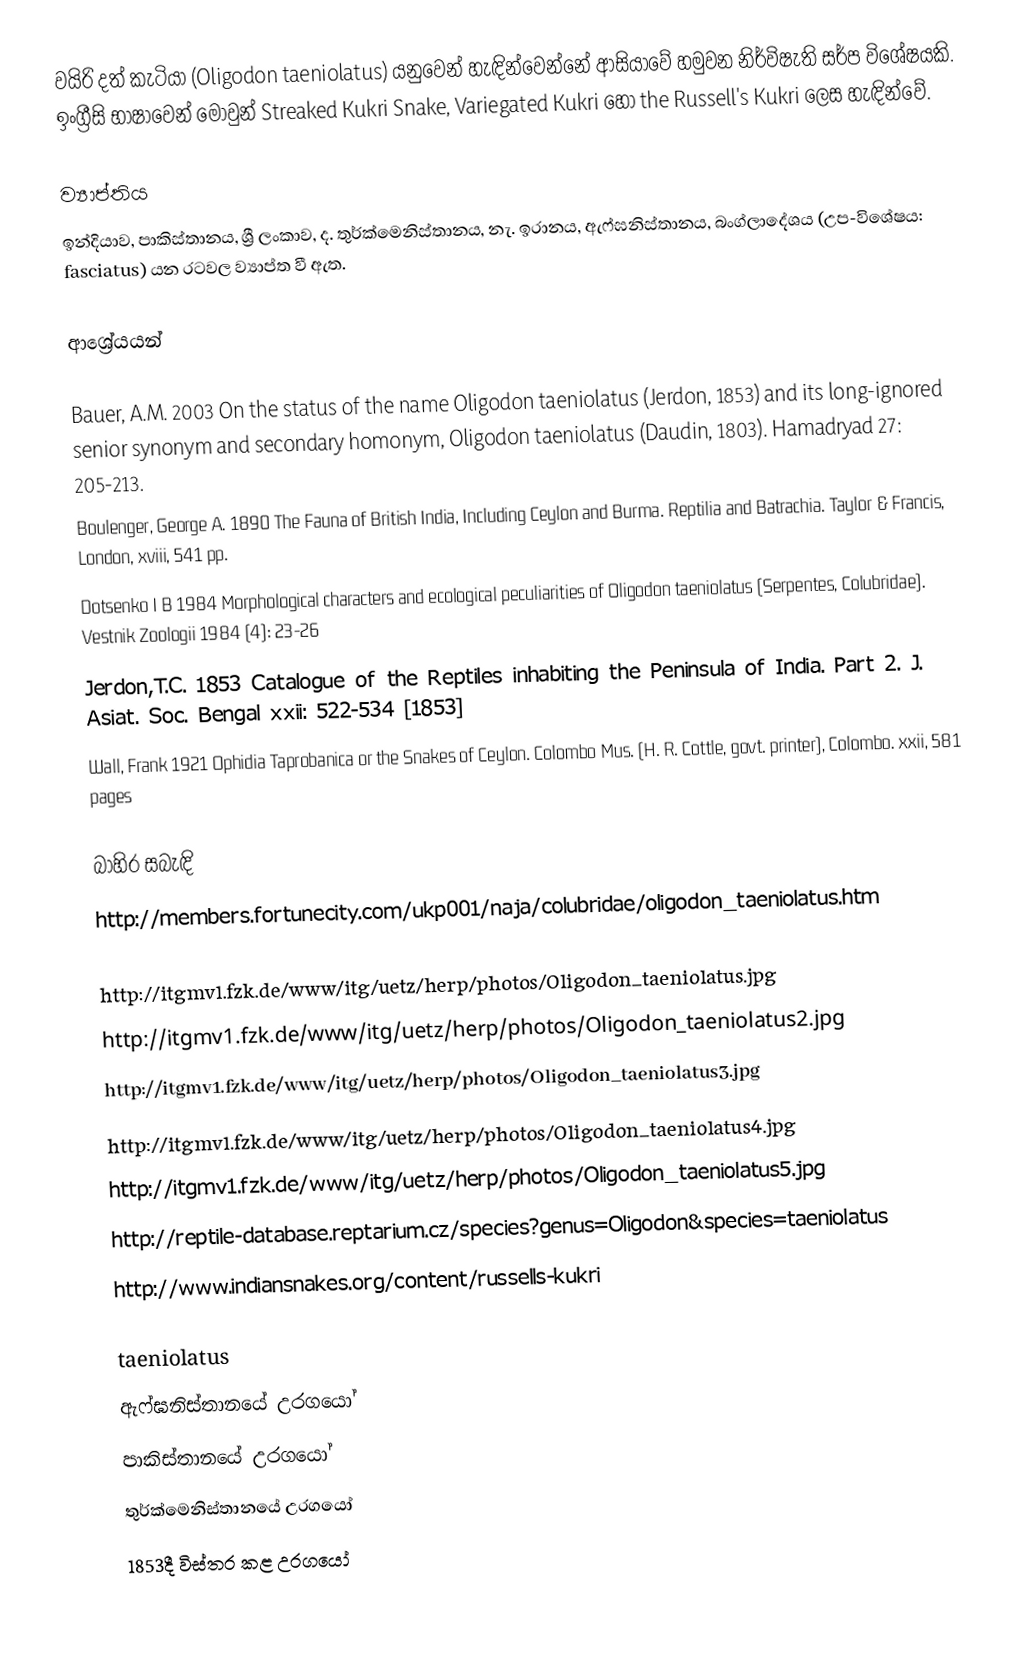
වයිරි දත් කැටියා (Oligodon taeniolatus) යනුවෙන් හැඳින්වෙන්නේ ආසියාවේ හමුවන නිර්විෂැති සර්ප විශේෂයකි. ඉංග්‍රීසි භාෂාවෙන් මොවුන් Streaked Kukri Snake, Variegated Kukri හෝ the Russell's Kukri ලෙස හැඳින්වේ.

ව්‍යාප්තිය
ඉන්දියාව, පාකිස්තානය, ශ්‍රී ලංකාව, ද. තුර්ක්මෙනිස්තානය, නැ. ඉරානය, ඇෆ්ඝනිස්තානය, බංග්ලාදේශය (උප-විශේෂය: fasciatus) යන රටවල ව්‍යාප්ත වී ඇත.

ආශ්‍රේයයන්

 Bauer, A.M. 2003 On the status of the name Oligodon taeniolatus (Jerdon, 1853) and its long-ignored senior synonym and secondary homonym, Oligodon taeniolatus (Daudin, 1803). Hamadryad 27: 205-213.
 Boulenger, George A. 1890 The Fauna of British India, Including Ceylon and Burma. Reptilia and Batrachia. Taylor & Francis, London, xviii, 541 pp.
 Dotsenko I B 1984 Morphological characters and ecological peculiarities of Oligodon taeniolatus (Serpentes, Colubridae). Vestnik Zoologii 1984 (4): 23-26
 Jerdon,T.C. 1853 Catalogue of the Reptiles inhabiting the Peninsula of India. Part 2. J. Asiat. Soc. Bengal xxii: 522-534 [1853]
 Wall, Frank 1921 Ophidia Taprobanica or the Snakes of Ceylon. Colombo Mus. (H. R. Cottle, govt. printer), Colombo. xxii, 581 pages

බාහිර සබැඳි
 http://members.fortunecity.com/ukp001/naja/colubridae/oligodon_taeniolatus.htm

 http://itgmv1.fzk.de/www/itg/uetz/herp/photos/Oligodon_taeniolatus.jpg
 http://itgmv1.fzk.de/www/itg/uetz/herp/photos/Oligodon_taeniolatus2.jpg
 http://itgmv1.fzk.de/www/itg/uetz/herp/photos/Oligodon_taeniolatus3.jpg
 http://itgmv1.fzk.de/www/itg/uetz/herp/photos/Oligodon_taeniolatus4.jpg
 http://itgmv1.fzk.de/www/itg/uetz/herp/photos/Oligodon_taeniolatus5.jpg
 http://reptile-database.reptarium.cz/species?genus=Oligodon&species=taeniolatus
 http://www.indiansnakes.org/content/russells-kukri

taeniolatus
ඇෆ්ඝනිස්තානයේ උරගයෝ
පාකිස්තානයේ උරගයෝ
තුර්ක්මෙනිස්තානයේ උරගයෝ
1853දී විස්තර කළ උරගයෝ